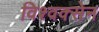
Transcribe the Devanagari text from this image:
विश्वक्सेन